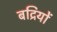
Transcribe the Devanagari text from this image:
बद्रियों